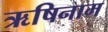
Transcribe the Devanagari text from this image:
ऋषिनाम